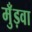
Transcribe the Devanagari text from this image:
मुँड़वा